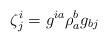
LaTeX: \begin{align*}\zeta^{i}_{j} =g^{ia} \rho^{b}_{a} g_{bj}\end{align*}